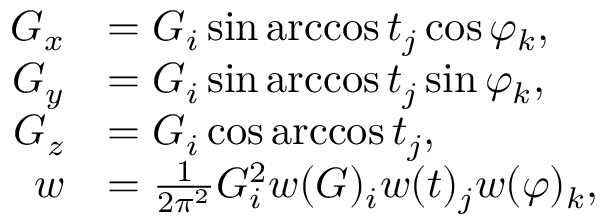
\begin{array} { r l } { G _ { x } } & { = G _ { i } \sin \operatorname { a r c c o s } t _ { j } \cos \varphi _ { k } , } \\ { G _ { y } } & { = G _ { i } \sin \operatorname { a r c c o s } t _ { j } \sin \varphi _ { k } , } \\ { G _ { z } } & { = G _ { i } \cos \operatorname { a r c c o s } t _ { j } , } \\ { w } & { = \frac { 1 } { 2 \pi ^ { 2 } } G _ { i } ^ { 2 } w ( G ) _ { i } w ( t ) _ { j } w ( \varphi ) _ { k } , } \end{array}